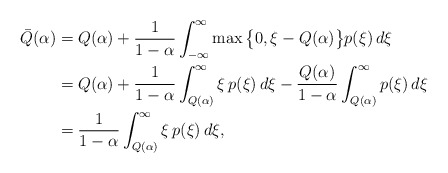
\begin{align*}\bar Q(\alpha) &= Q(\alpha) + \frac{1}{1-\alpha}\int_{-\infty}^\infty \max\big\{0, \xi - Q(\alpha)\big\} p(\xi) \,d\xi\\&= Q(\alpha) + \frac{1}{1-\alpha}\int_{Q(\alpha)}^\infty \xi \, p(\xi) \,d\xi - \frac{Q(\alpha)}{1-\alpha}\int_{Q(\alpha)}^\infty p(\xi) \,d\xi\\& = \frac{1}{1-\alpha}\int_{Q(\alpha)}^\infty \xi \, p(\xi) \,d\xi,\end{align*}